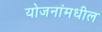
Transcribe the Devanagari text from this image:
योजनांमधील